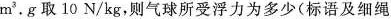
m^{3}.g取10N/kg，则气球所受浮力为多少(标语及细绳